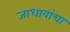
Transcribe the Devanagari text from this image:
जाधावांचा